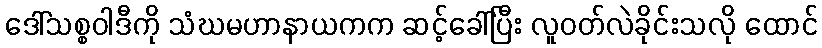
ဒေါ်သစ္စဝါဒီကို သံဃမဟာနာယကက ဆင့်ခေါ်ပြီး လူဝတ်လဲခိုင်းသလို ထောင်